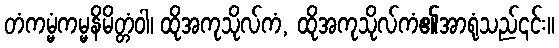
တံကမ္မံကမ္မနိမိတ္တံဝါ၊ ထိုအကုသိုလ်ကံ, ထိုအကုသိုလ်ကံ၏အာရုံသည်၎င်း။